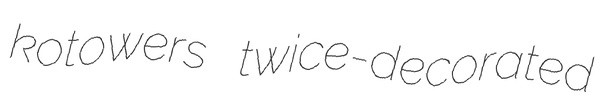
kotowers twice-decorated